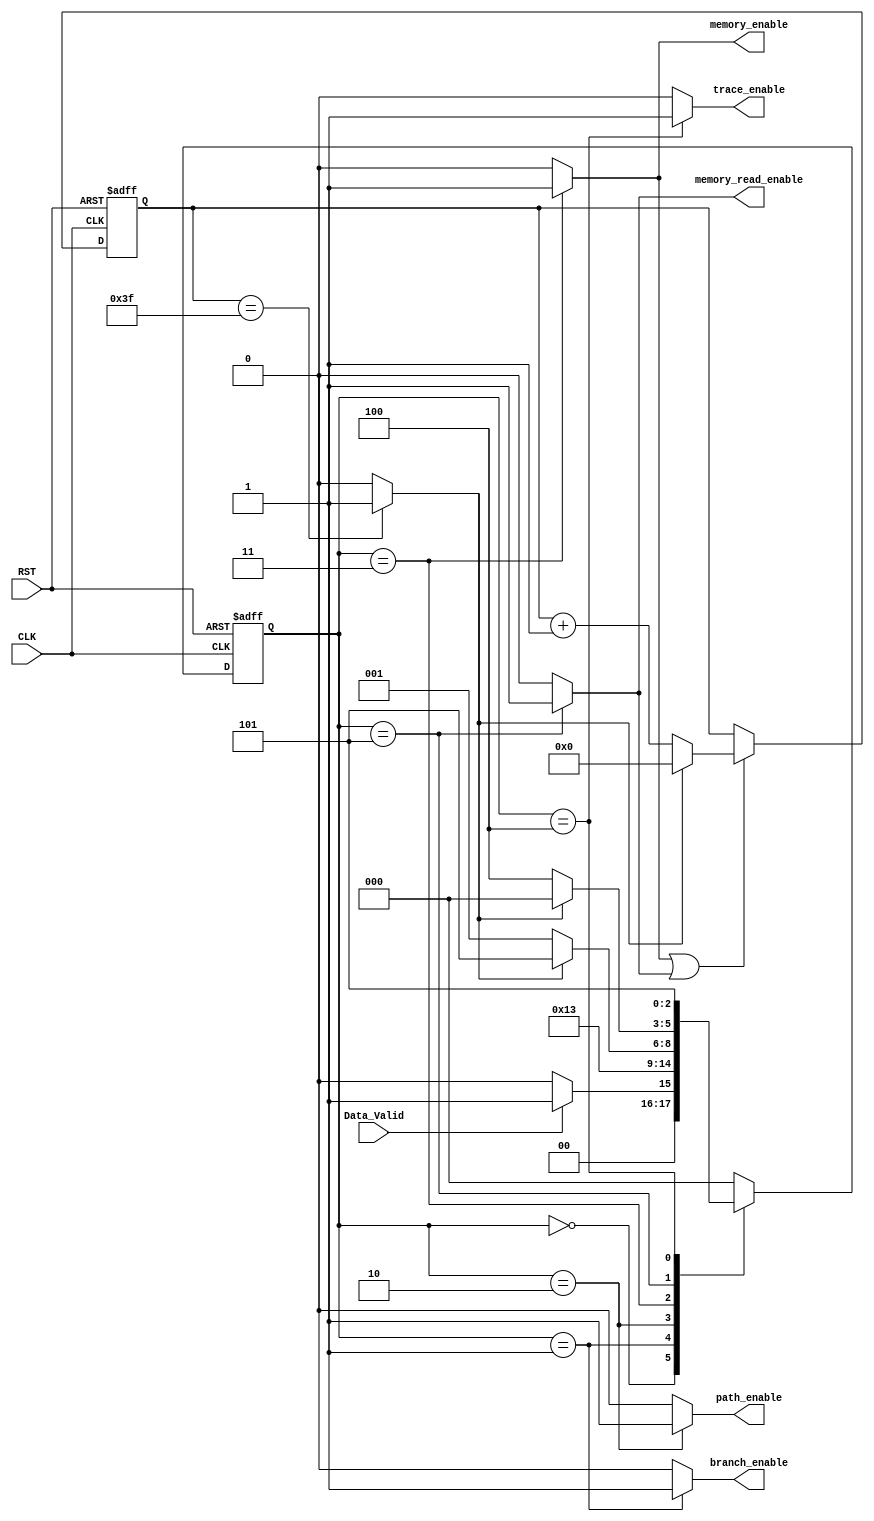
module veterbi_fsm(

 input   wire                  CLK,
 input   wire                  RST,
 input   wire                  Data_Valid, 
 output  reg                   branch_enable,
 output  reg                   path_enable,
 output  reg                   memory_enable,
 output reg                    trace_enable,
 output reg                    memory_read_enable
);


// gray state encoding
parameter   [2:0]      IDLE   = 3'b000,
                       branch_metric  = 3'b001,
					   path_metric   = 3'b010,
					   memory_write = 3'b011,
             trace_back = 3'b100,
             memory_read=3'b101;
parameter seq_num = 64;  // need to be taken from upper layer 

reg         [2:0]      current_state , next_state ;
			

wire                   seq_done ;
reg 	    [5:0]      seq_counter;	
//state transiton 
always @ (posedge CLK or negedge RST)
 begin
  if(!RST)
   begin
    current_state <= IDLE ;
   end
  else
   begin
    current_state <= next_state ;
   end
 end

//seq counter 

always @ (posedge CLK or negedge RST)
 begin
  if(!RST)
   begin
    seq_counter  <= 6'b0 ;
   end
  else if (memory_enable || memory_read_enable )
   begin
    if (!seq_done)
    seq_counter <= seq_counter+1 ;
    else
    seq_counter <=6'b0;
   end
 end

 //
 
 

// next state logic
always @ (*)
 begin
  case(current_state)
  IDLE   : begin
            if(Data_Valid)
			 next_state = branch_metric ;
			else
			 next_state = IDLE ; 			
           end
  branch_metric  : begin

			 next_state = path_metric ;  

           end
  path_metric   : begin

			   next_state = memory_write ;
	  			
           end

  memory_write : begin
            if(seq_done)
			 next_state = memory_read ; 
             else
             next_state = branch_metric;
           end

  memory_read: begin
    //condition for going to idle
    if(seq_done)
    next_state = IDLE;
    else
    next_state = trace_back;
  end

  trace_back: begin
            next_state = memory_read;
  end

  default: begin
			 next_state = IDLE ; 
           end	
  endcase                 	   
 end 

 
// output logic
always @ (*)
 begin
     branch_enable = 1'b0 ;
     path_enable = 1'b0 ;	
     memory_enable = 1'b0 ;	
     trace_enable = 1'b0;
     memory_read_enable = 1'b0;


  case(current_state)
  IDLE   : begin
            branch_enable = 1'b0 ;
            path_enable = 1'b0 ;	
            memory_enable = 1'b0 ;	
            trace_enable = 1'b0;
     memory_read_enable = 1'b0;


         end
  branch_metric  : begin
            branch_enable = 1'b1 ;
            path_enable = 1'b0 ;	
            memory_enable = 1'b0 ;	
            trace_enable = 1'b0;
     memory_read_enable = 1'b0;
       
           end

  path_metric   : begin 
          			 
            branch_enable = 1'b0 ;
            path_enable = 1'b1 ;	
            memory_enable = 1'b0 ;	
            trace_enable = 1'b0;
     memory_read_enable = 1'b0;

           end
  memory_write : begin
            branch_enable = 1'b0 ;
            path_enable = 1'b0 ;	
            memory_enable = 1'b1 ;	
            trace_enable = 1'b0;
     memory_read_enable = 1'b0;

  end
  trace_back:begin
            branch_enable = 1'b0 ;
            path_enable = 1'b0 ;	
            memory_enable = 1'b0 ;	
            trace_enable = 1'b1;
     memory_read_enable = 1'b0;
  end
  memory_read:begin
                branch_enable = 1'b0 ;
            path_enable = 1'b0 ;	
            memory_enable = 1'b0 ;	
            trace_enable = 1'b0;
     memory_read_enable = 1'b1;
  end

           
           
	
  endcase         	              
 end 
 
assign seq_done = (seq_counter == seq_num-1) ? 1:0;
  

endmodule